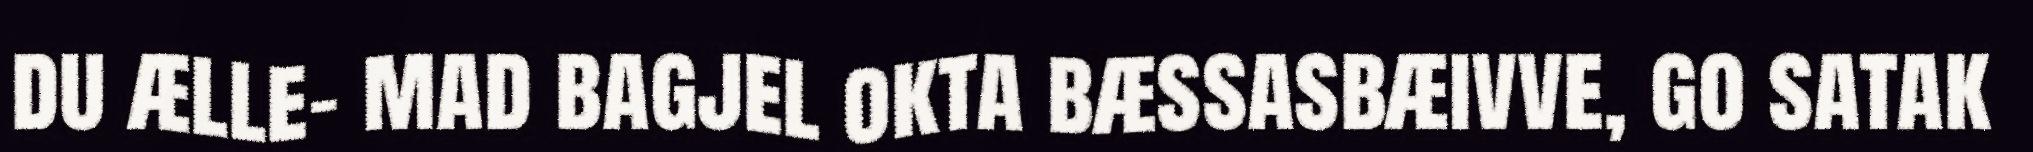
du ælle- mad bagjel okta bæssasbæivve, go satak